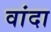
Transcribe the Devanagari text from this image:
वांदा